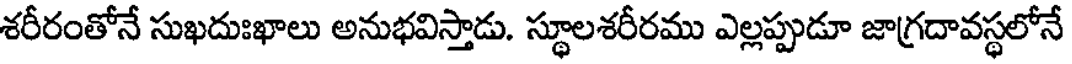
శరీరంతోనే సుఖదుఃఖాలు అనుభవిస్తాడు. స్థూలశరీరము ఎల్లప్పుడూ జాగ్రదావస్థలోనే